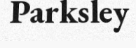
Parksley